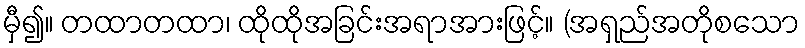
မှီ၍။ တထာတထာ၊ ထိုထိုအခြင်းအရာအားဖြင့်။ (အရှည်အတိုစသော